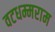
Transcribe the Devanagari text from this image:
वटधम्मराम